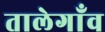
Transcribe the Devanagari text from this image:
तालेगाँव